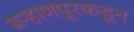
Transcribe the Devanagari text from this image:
बऱ्हाणपूरकडून